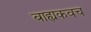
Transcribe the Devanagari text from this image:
बाह्यकवच